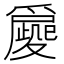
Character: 𡖀